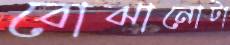
বোঝানোটা